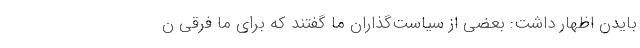
بایدن اظهار داشت: بعضی از سیاست‌گذاران ما گفتند که برای ما فرقی ن